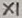
Text: X1